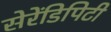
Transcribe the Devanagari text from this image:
सेरेंडिपिटी